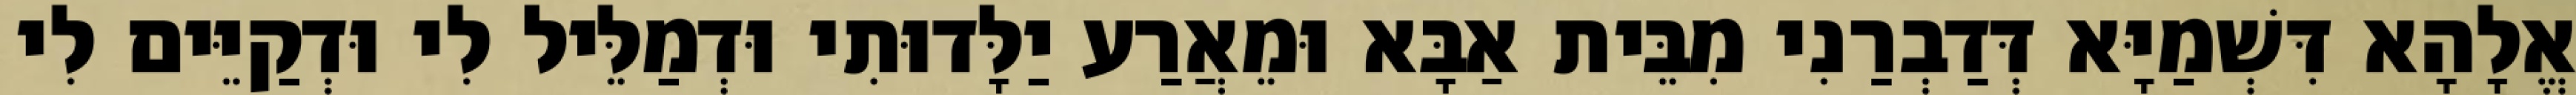
אֱלָהָא דִּשְׁמַיָּא דְּדַבְרַנִי מִבֵּית אַבָּא וּמֵאֲרַע יַלָּדוּתִי וּדְמַלֵּיל לִי וּדְקַיֵּים לִי